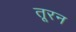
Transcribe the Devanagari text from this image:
तूरन